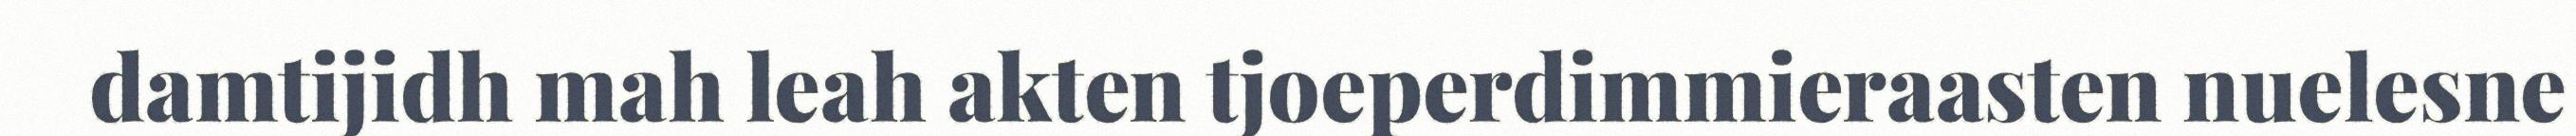
damtijidh mah leah akten tjoeperdimmieraasten nuelesne